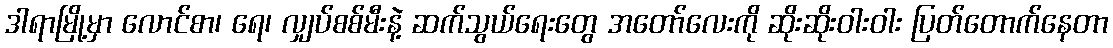
ဒါရာမြို့မှာ လောင်စာ၊ ရေ၊ လျှပ်စစ်မီးနဲ့ ဆက်သွယ်ရေးတွေ အတော်လေးကို ဆိုးဆိုးဝါးဝါး ပြတ်တောက်နေတာ